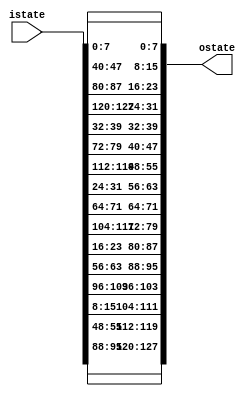
module shiftrows (
	input [127:0] istate,

	output [127:0] ostate
);

genvar i;

// state[0]  = state[0]
// state[4]  = state[4]
// state[8]  = state[8]
// state[12] = state[12]
generate
	for(i = 0; i < 16; i = i+4) begin : shift0
		assign ostate[8*i+7 : 8*i] = istate[8*i+7 : 8*i];
	end
endgenerate


// state[1]  = state[5]
// state[5]  = state[9]
// state[9]  = state[13]
// state[13] = state[1]
generate
	for(i = 1; i < 13; i = i+4) begin : shift1
		assign ostate[8*i+7 : 8*i] = istate[8*(i+4)+7 : 8*(i+4)];
	end
endgenerate
			
		assign ostate[8*13+7 : 8*13] = istate[8*1+7 : 8*1];


// state[2]  = state[10]
// state[6]  = state[14]
// state[10] = state[2]
// state[14] = state[6]
generate
	for(i = 2; i < 7; i = i+4) begin : shift2
		assign ostate[8*i+7 : 8*i] = istate[8*(i+8)+7 : 8*(i+8)];
	end
endgenerate

generate
	for(i = 10; i < 16; i = i+4) begin : shift3
		assign ostate[8*i+7 : 8*i] = istate[8*(i-8)+7 : 8*(i-8)];
	end
endgenerate


// state[7]  = state[3]
// state[11] = state[7]
// state[15] = state[11]
// state[3]  = state[15]
generate
	for(i = 7; i < 16; i = i+4) begin : shift4
		assign ostate[8*i+7 : 8*i] = istate[8*(i-4)+7 : 8*(i-4)];
	end
endgenerate

		assign ostate[8*3+7 : 8*3] = istate[8*15+7 : 8*15];


endmodule